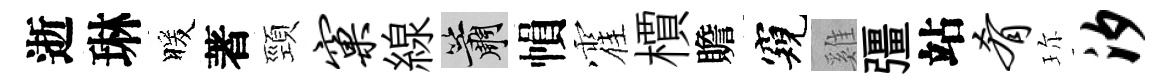
逝琳暖著頸窠線簫𢄙霍檟贍窺雞彊站肴珎汐